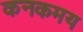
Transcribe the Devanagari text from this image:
कनकमय